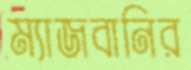
ম্যাজবানির